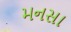
મનસા